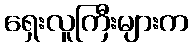
ရှေးလူကြီးများက